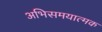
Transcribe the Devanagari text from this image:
अभिसमयात्मक